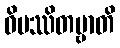
ဝိပဿိတဗ္ဗာတိ